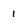
Character: 1